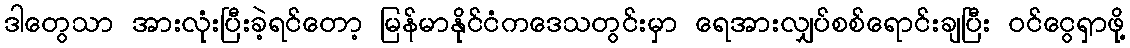
ဒါတွေသာ အားလုံးပြီးခဲ့ရင်တော့ မြန်မာနိုင်ငံကဒေသတွင်းမှာ ရေအားလျှပ်စစ်ရောင်းချပြီး ဝင်ငွေရှာဖို့